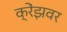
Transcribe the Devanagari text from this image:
क्रेंझवर